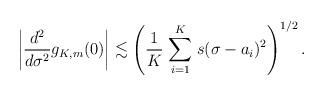
LaTeX: \begin{align*} \left| \frac{d^2}{d\sigma^2}g_{K,m}(0) \right| \lesssim \left(\frac{1}{K}\underset{i = 1}{\stackrel{K}{\sum}} s(\sigma - a_i)^2 \right)^{1/2}.\end{align*}